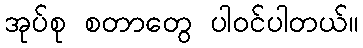
အုပ်စု စတာတွေ ပါဝင်ပါတယ်။